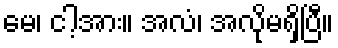
မေ၊ ငါ့အား။ အလံ၊ အလိုမရှိပြီ။